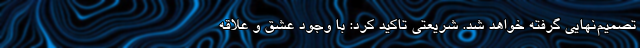
تصمیم‌نهایی گرفته خواهد شد. شریعتی تاکید کرد: با وجود عشق و علاقه